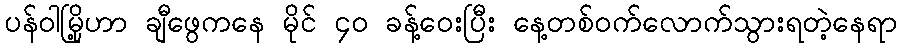
ပန်ဝါမြို့ဟာ ချီဖွေကနေ မိုင် ၄၀ ခန့်ဝေးပြီး နေ့တစ်ဝက်လောက်သွားရတဲ့နေရာ